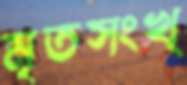
মৃতসংখ্